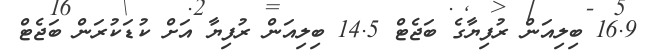
16.9 ބިލިއަން ރުފިޔާގެ ބަޖެޓް 14.5 ބިލިއަން ރުފިޔާ އަށް ކުޑަކުރަން ބަޖެޓް